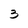
Character: 3